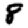
Digit: 8